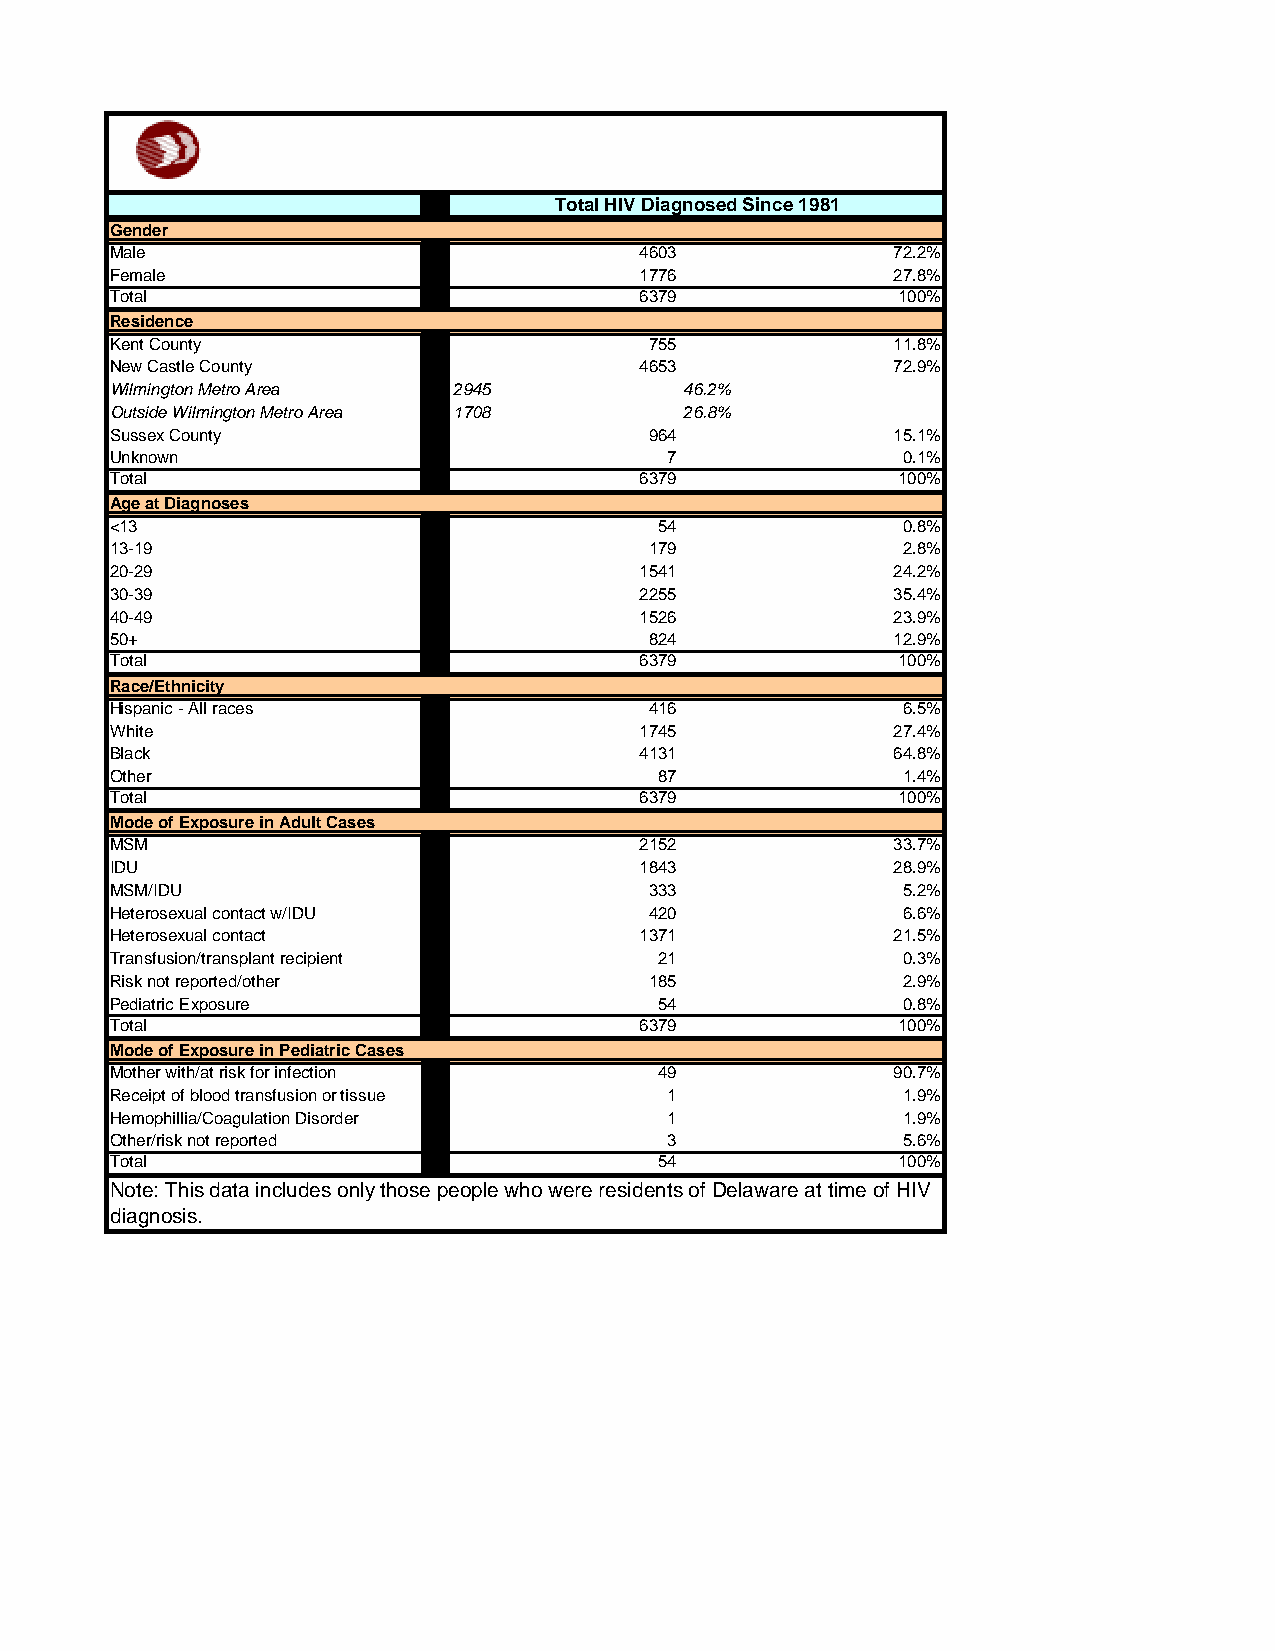
Total HIV Diagnosed Since 1981
 Gender
 Male                               4603             72.2%
 Female                             1776             27.8%
 Total                              6379             100%
 Residence
 Kent County                         755             11.8%
 New Castle County                  4653             72.9%
 Wilmington Metro Area  2945           46.2%
 Outside Wilmington Metro Area 1708    26.8%
 Sussex County                       964             15.1%
 Unknown                              7               0.1%
 Total                              6379             100%
 Age at Diagnoses
 <13                                  54              0.8%
 13-19                               179              2.8%
 20-29                              1541             24.2%
 30-39                              2255             35.4%
 40-49                              1526             23.9%
 50+                                 824             12.9%
 Total                              6379             100%
 Race/Ethnicity
 Hispanic - All races                416              6.5%
 White                              1745             27.4%
 Black                              4131             64.8%
 Other                                87              1.4%
 Total                              6379             100%
 Mode of Exposure in Adult Cases
 MSM                                2152             33.7%
 IDU                                1843             28.9%
 MSM/IDU                             333              5.2%
 Heterosexual contact w/IDU          420              6.6%
 Heterosexual contact               1371             21.5%
 Transfusion/transplant recipient     21              0.3%
 Risk not reported/other             185              2.9%
 Pediatric Exposure                   54              0.8%
 Total                              6379             100%
 Mode of Exposure in Pediatric Cases
 Mother with/at risk for infection    49             90.7%
 Receipt of blood transfusion or tissue 1             1.9%
 Hemophillia/Coagulation Disorder     1               1.9%
 Other/risk not reported              3               5.6%
 Total                                54             100%
 Note: This data includes only those people who were residents of Delaware at time of HIV
 diagnosis.